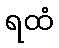
ရထံ